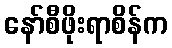
နော်စီဖိုးရာစိန်က